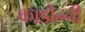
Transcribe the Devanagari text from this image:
कार्डोन्‍नी